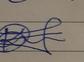
Signature authenticity: genuine